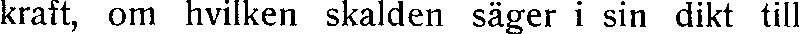
kraft, om hvilken skalden säger i sin dikt till